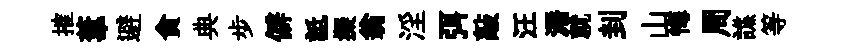
搉葦避貪典步僻詆擬翁淫弭敲汪漘就刲山悔周譙等